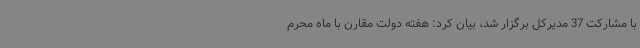
با مشارکت 37 مدیرکل برگزار شد، بیان کرد: هفته دولت مقارن با ماه محرم